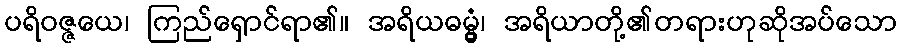
ပရိဝဇ္ဇယေ၊ ကြည်ရှောင်ရာ၏။ အရိယဓမ္မွံ၊ အရိယာတို့၏တရားဟုဆိုအပ်သော